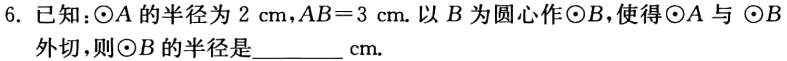
6. 已知：$\odot A$的半径为$2\mathrm{cm}$，$AB = 3\mathrm{cm}$. 以$B$为圆心作$\odot B$，使得$\odot A$与$\odot B$外切，则$\odot B$的半径是________$\mathrm{cm}$.